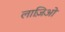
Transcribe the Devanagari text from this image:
लाज़िओ